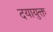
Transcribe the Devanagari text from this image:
दयायुक्त